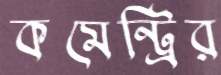
কমেন্ট্রির